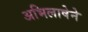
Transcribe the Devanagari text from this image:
अभिलाषेने